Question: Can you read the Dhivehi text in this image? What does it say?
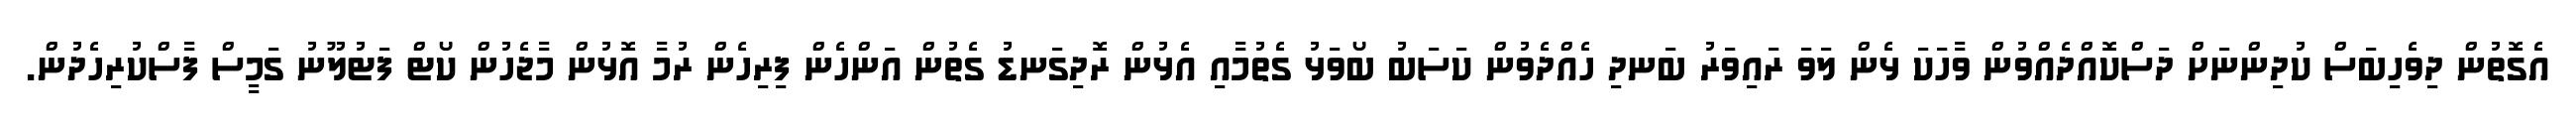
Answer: އެގޮތުން ދިވެހިބަސް ކުދިންނަށް ދަސްކޮއްދެއްވުން ވާހަކަ ޅެން ލަވަ ރައިވަރު ބަނދި ހެއްދެވުން ކަސަބު ބޯވަޅު ގެތުމާއި އެޅުން ރޮދިގަނޑު ގެތުން އަންހެން ފިރިހެން ރުމާ އޮޅުން މާޖެހުން ކޯޓް ފަޓުލޫނު ގަމީސް ފާސްކުރިހެދުން.